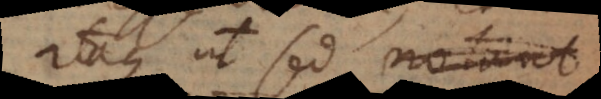
Itaque ut sed notari